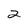
Character: 2